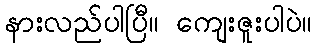
နားလည်ပါပြီ။ ကျေးဇူးပါပဲ။